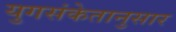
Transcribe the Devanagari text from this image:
युगसंकेतानुसार